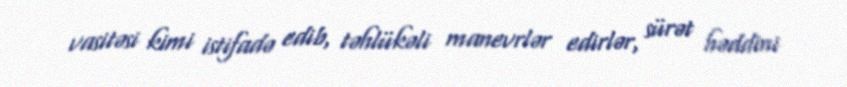
vasitəsi kimi istifadə edib, təhlükəli manevrlər edirlər, sürət həddini